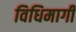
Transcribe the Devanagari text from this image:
विधिमार्गी